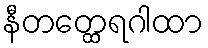
နီတတ္ထေရဂါထာ